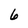
Character: 6